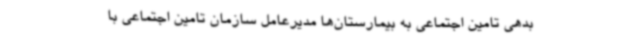
بدهی تامین اجتماعی به بیمارستان‌ها مدیرعامل سازمان تامین اجتماعی با